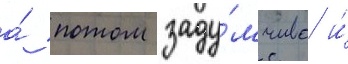
а́ потом заду́мчиво и́